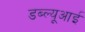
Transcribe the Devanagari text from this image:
डब्ल्यूआई